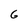
Character: 6